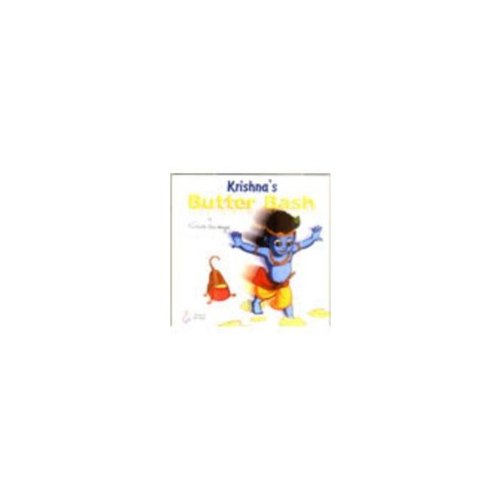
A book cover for Krishna's Butter Bash; Nishita Chaitanya; Children's Books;